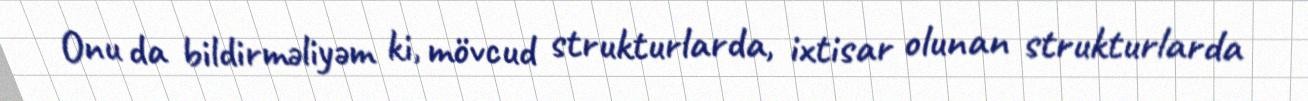
Onu da bildirməliyəm ki, mövcud strukturlarda, ixtisar olunan strukturlarda